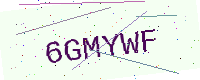
Text: 6GMYWF